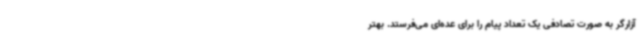
آزارگر به صورت تصادفی یک تعداد پیام را برای عده‌ای می‌فرستد. بهتر